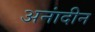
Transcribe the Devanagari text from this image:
अनांदीन